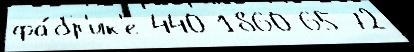
фа́бр'ик'е 440 1860 65-72